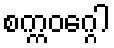
စက္ကဝဂ္ဂေါ